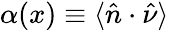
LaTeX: \alpha(x)\equiv\langle\hat{n}\cdot\hat{\nu}\rangle